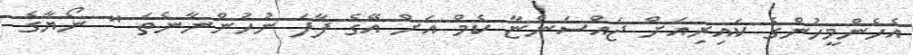
އެހެންމީހުންގެ ކައިރިއަށް ޖައްސަންޏާ ކެމް އަށް އޭގެ ފާފަ ނުހުންނާނެތަ " ނޯޔާގެ